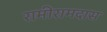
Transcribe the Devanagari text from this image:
रामीरामदास